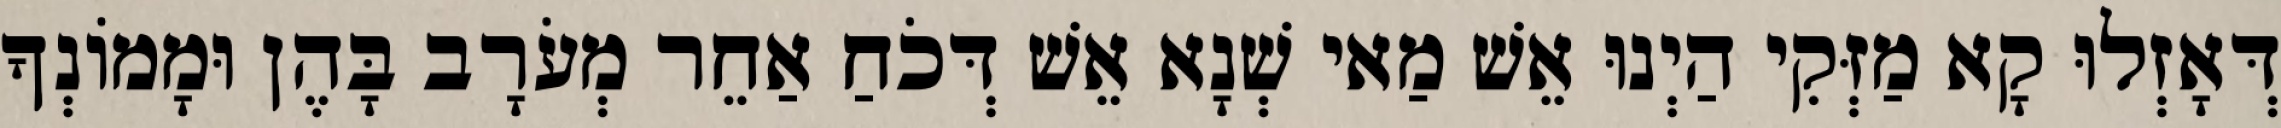
דְּאָזְלוּ קָא מַזְּקִי הַיְנוּ אֵשׁ מַאי שְׁנָא אֵשׁ דְּכֹחַ אַחֵר מְעֹרָב בָּהֶן וּמָמוֹנְךָ